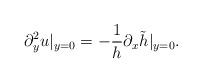
LaTeX: \begin{align*}\partial_y^2 u|_{y=0}=-\frac{1}{h}\partial_x\tilde{h}|_{y=0}.\end{align*}